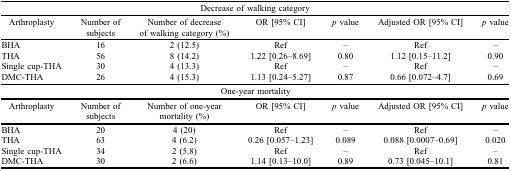
| <COLSPAN=7> Decrease of walking category |
 | Arthroplasty | Number of subjects | Number of decrease of walking category (%) | OR [95% CI] | p value | Adjusted OR [95% CI] | p value |
 | --- | --- | --- | --- | --- | --- | --- |
 | BHA | 16 | 2 (12.5) | Ref | – | Ref | – |
 | THA | 56 | 8 (14.2) | 1.22 [0.26–8.69] | 0.80 | 1.12 [0.15–11.2] | 0.90 |
 | Single cup-THA | 30 | 4 (13.3) | Ref | – | Ref | – |
 | DMC-THA | 26 | 4 (15.3) | 1.13 [0.24–5.27] | 0.87 | 0.66 [0.072–4.7] | 0.69 |
 | <COLSPAN=7> One-year mortality |
 | Arthroplasty | Number of subjects | Number of one-year mortality (%) | OR [95% CI] | p value | Adjusted OR [95% CI] | p value |
 | BHA | 20 | 4 (20) | Ref | – | Ref | – |
 | THA | 63 | 4 (6.2) | 0.26 [0.057–1.23] | 0.089 | 0.088 [0.0007–0.69] | 0.020 |
 | Single cup-THA | 34 | 2 (5.8) | Ref | – | Ref | – |
 | DMC-THA | 30 | 2 (6.6) | 1.14 [0.13–10.0] | 0.89 | 0.73 [0.045–10.1] | 0.81 |